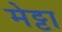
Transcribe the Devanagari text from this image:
मेट्टा